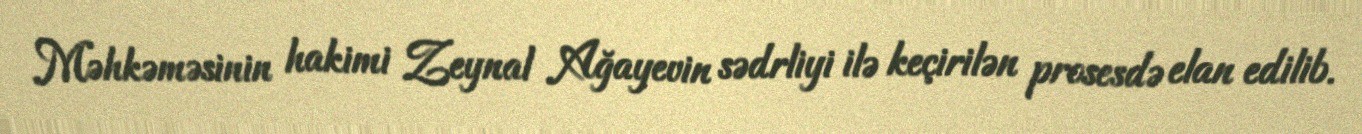
Məhkəməsinin hakimi Zeynal Ağayevin sədrliyi ilə keçirilən prosesdə elan edilib.